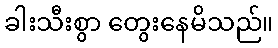
ခါးသီးစွာ တွေးနေမိသည်။